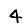
Digit: 4